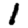
Digit: 1